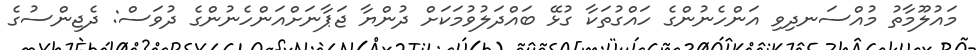
މައުލޫމާތު މުއްސަނދިވި އަންހެނުންގެ ހައްގުތަކާ ގުޅޭ ބައްދަލުވުމަކަށް ދުންޔާ ޖަޕާނަށްއަންހެނުންގެ ދުވަސް: ދެޖިންސުގެ